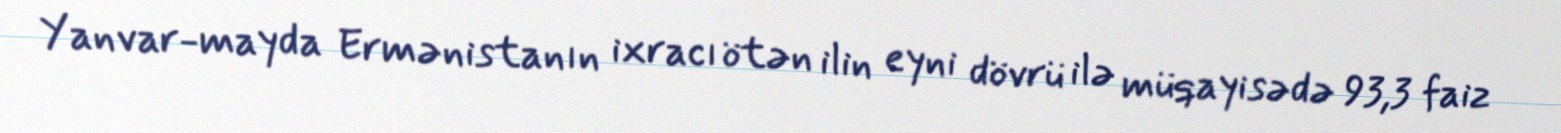
Yanvar-mayda Ermənistanın ixracı ötən ilin eyni dövrü ilə müqayisədə 93,3 faiz